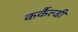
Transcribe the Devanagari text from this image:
कर्कैल्डी